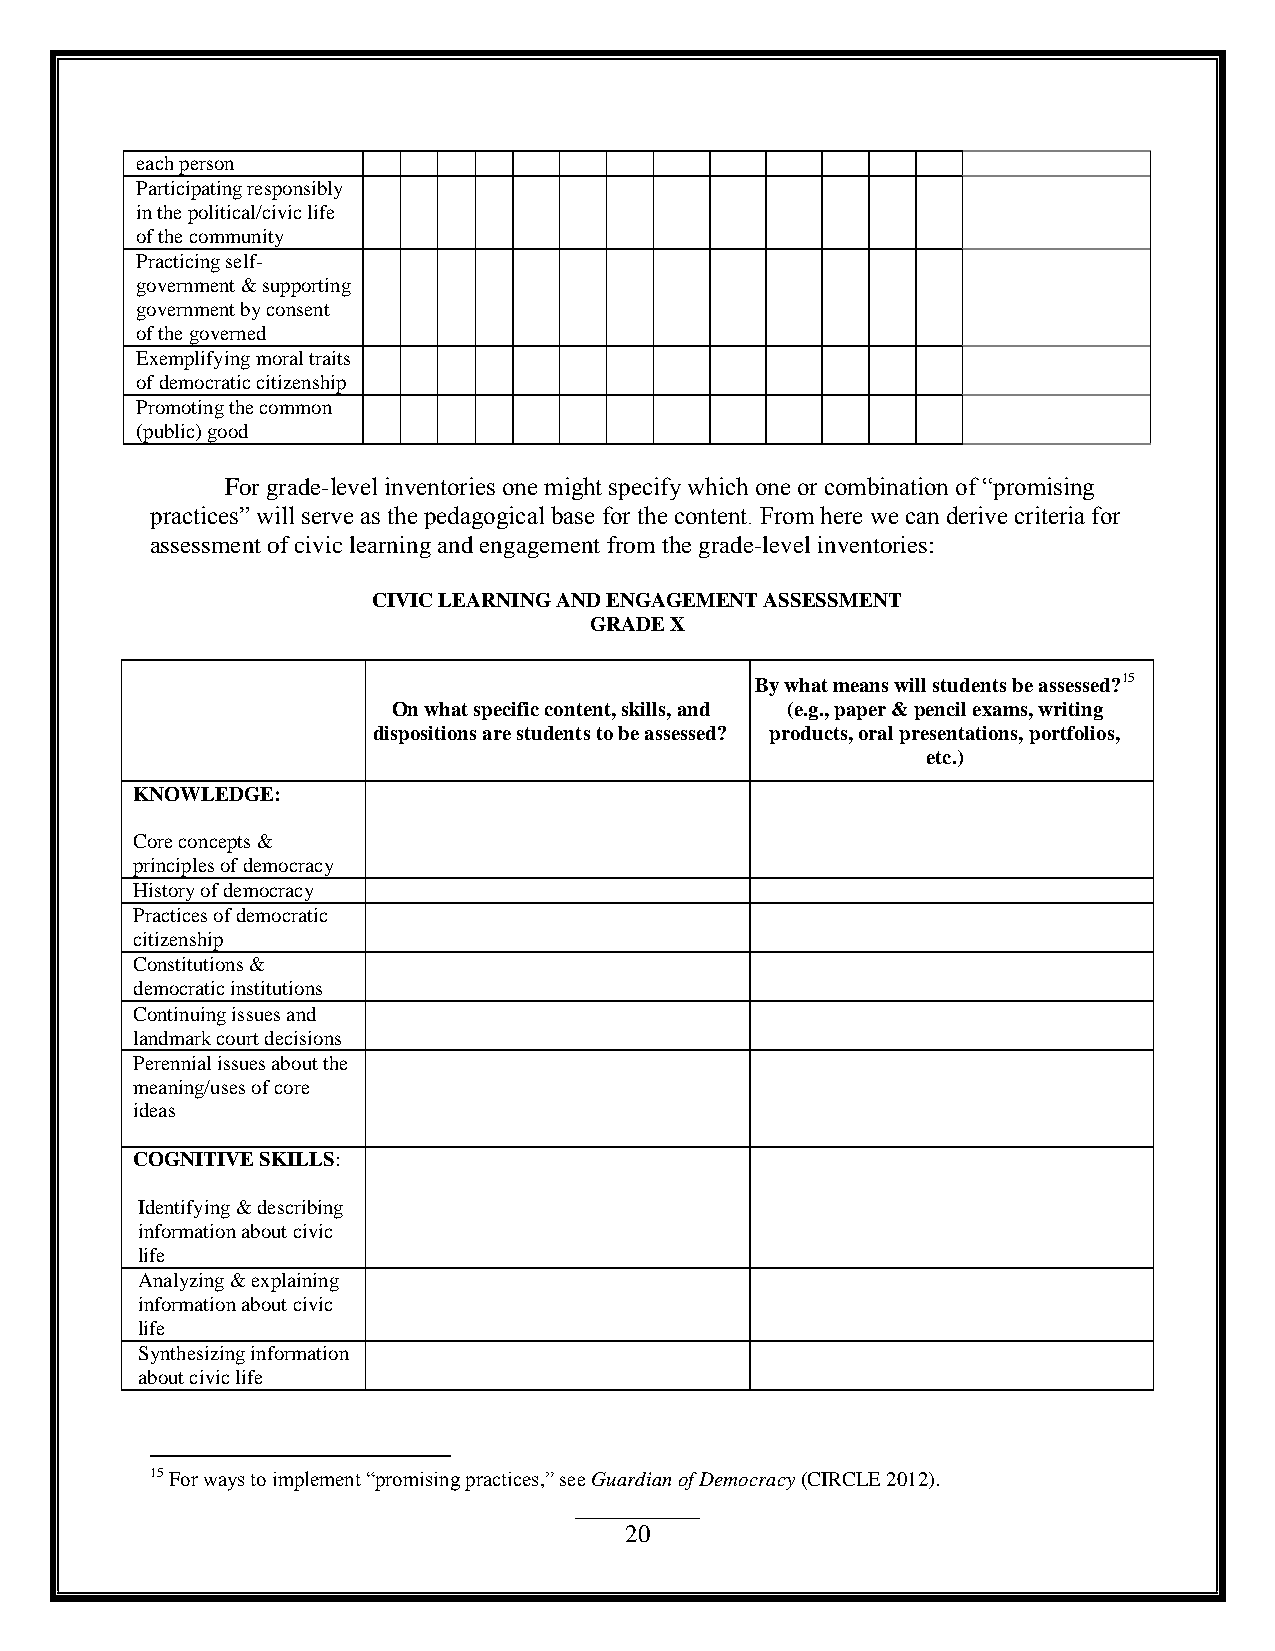
each person
 Participating responsibly
 in the political/civic life
 of the community
 Practicing self-
 government & supporting
 government by consent
 of the governed
 Exemplifying moral traits
 of democratic citizenship
 Promoting the common
 (public) good
 For grade-level inventories one might specify which one or combination of “promising
 practices” will serve as the pedagogical base for the content. From here we can derive criteria for
 assessment of civic learning and engagement from the grade-level inventories:
 CIVIC LEARNING AND ENGAGEMENT ASSESSMENT
 GRADE X
 By what means will students be assessed?15
 On what specific content, skills, and (e.g., paper & pencil exams, writing
 dispositions are students to be assessed? products, oral presentations, portfolios,
 etc.)
 KNOWLEDGE:
 Core concepts &
 principles of democracy
 History of democracy
 Practices of democratic
 citizenship
 Constitutions &
 democratic institutions
 Continuing issues and
 landmark court decisions
 Perennial issues about the
 meaning/uses of core
 ideas
 COGNITIVE SKILLS:
 Identifying & describing
 information about civic
 life
 Analyzing & explaining
 information about civic
 life
 Synthesizing information
 about civic life
 15 For ways to implement “promising practices,” see Guardian of Democracy (CIRCLE 2012).
 20